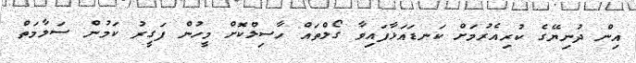
އިން ދުނިޔޭގެ ކުރިއެރުމަށް ކަނޑައަޅާފައިވާ ގޯލްތައް ހާސިލްކޮށް މީހުން ފަގީރު ކަމުން ސަލާމަތް